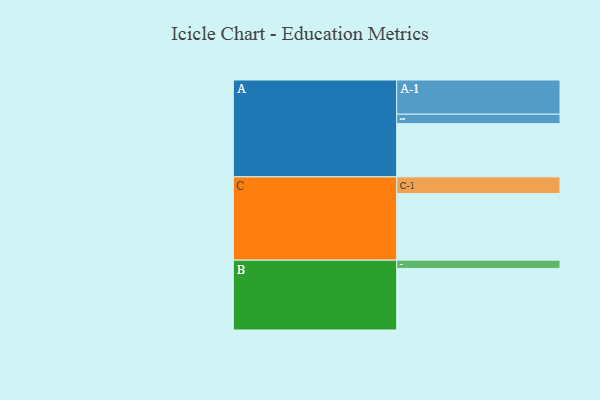
{"axis": {"x": "Segment", "y": "Value"}, "legend": ["", "A", "B", "C"], "data": [{"x": "A", "y": 451, "type": ""}, {"x": "B", "y": 522, "type": ""}, {"x": "C", "y": 564, "type": ""}, {"x": "A-1", "y": 290, "type": "A"}, {"x": "A-2", "y": 80, "type": "A"}, {"x": "B-1", "y": 70, "type": "B"}, {"x": "C-1", "y": 142, "type": "C"}]}